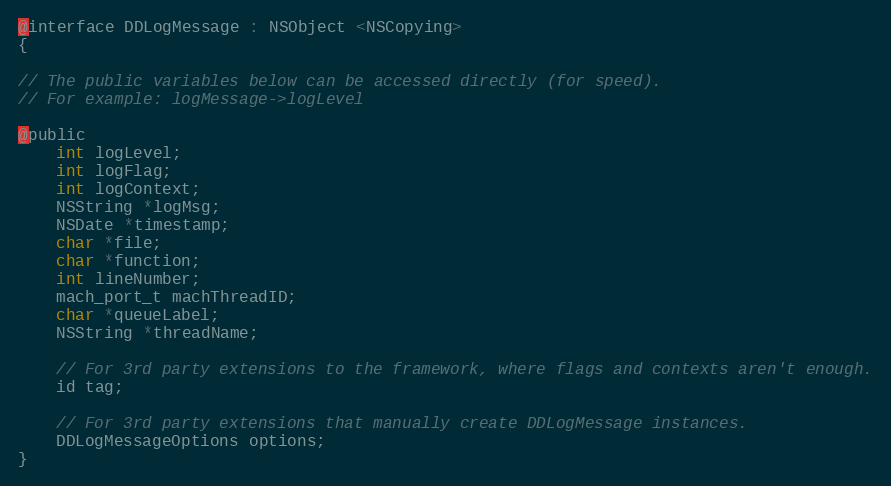
Language: C
@interface DDLogMessage : NSObject <NSCopying>
{

// The public variables below can be accessed directly (for speed).
// For example: logMessage->logLevel

@public
    int logLevel;
    int logFlag;
    int logContext;
    NSString *logMsg;
    NSDate *timestamp;
    char *file;
    char *function;
    int lineNumber;
    mach_port_t machThreadID;
    char *queueLabel;
    NSString *threadName;

    // For 3rd party extensions to the framework, where flags and contexts aren't enough.
    id tag;

    // For 3rd party extensions that manually create DDLogMessage instances.
    DDLogMessageOptions options;
}